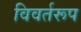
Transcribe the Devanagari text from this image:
विवर्तरूप